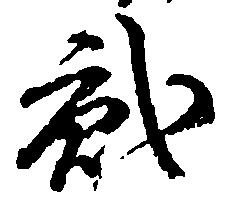
弐